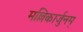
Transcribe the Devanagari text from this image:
मल्लिकार्जुनम्